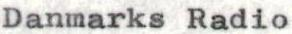
Danmarks Radio